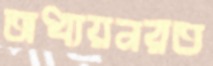
অধ্যয়নরত